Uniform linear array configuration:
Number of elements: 8
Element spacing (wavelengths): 1
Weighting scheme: cosine
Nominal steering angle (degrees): -45
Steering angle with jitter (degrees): -45.186
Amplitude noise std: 0.05
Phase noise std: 0.05

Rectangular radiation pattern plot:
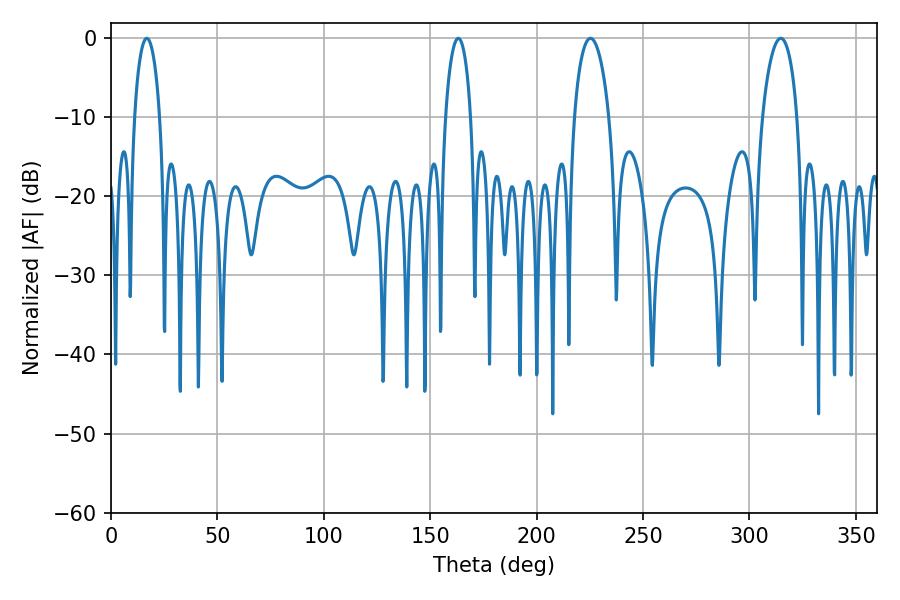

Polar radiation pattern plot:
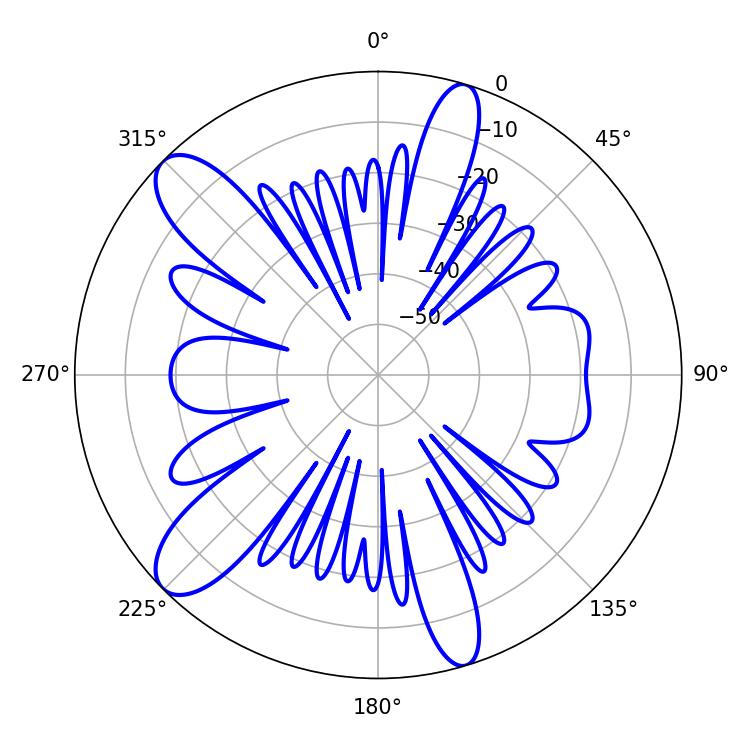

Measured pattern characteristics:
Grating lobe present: TRUE
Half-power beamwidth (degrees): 9.36
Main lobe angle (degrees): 225.36